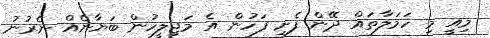
މިއީ މި ހަމަލާތައް ދޭން ފެށި ފަހުން އެ މަޖިލީހުން ބަޔާނެއް ނެރުނު